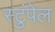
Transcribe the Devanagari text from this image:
स्टुंपेल